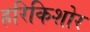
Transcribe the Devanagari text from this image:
हरिकिशोर